Indian journal of veterinary science and animal husbandry - Volume 2,
Year: 1932
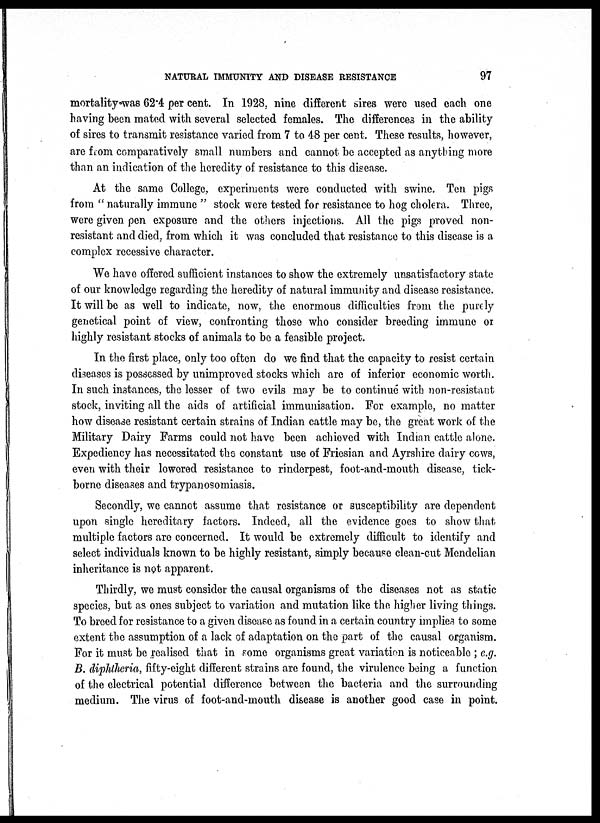
NATURAL IMMUNITY AND DISEASE RESISTANCE
97
mortality was 62.4 per cent. In 1928, nine different sires were used each one
having been mated with several selected females. The differences in the ability
of sires to transmit resistance varied from 7 to 48 per cent. These results, however,
are from comparatively small numbers and cannot be accepted as anything more
than an indication of the heredity of resistance to this disease.
At the same College, experiments were conducted with swine. Ten pigs
from " naturally immune " stock were tested for resistance to hog cholera. Three,
were given pen exposure and the others injections. All the pigs proved non-
resistant and died, from which it was concluded that resistance to this disease is a
complex recessive character.
We have offered sufficient instances to show the extremely unsatisfactory state
of our knowledge regarding the heredity of natural immunity and disease resistance.
It will be as well to indicate, now. the enormous difficulties from the purely
genetical point of view, confronting those who consider breeding immune or
highly resistant stocks of animals to be a feasible project.
In the first place, only too often do we find that the capacity to resist certain
diseases is possessed by unimproved stocks which are of inferior economic worth.
In such instances, the lesser of two evils may be to continué with non-resistant
stock, inviting all the aids of artificial immunisation. For example, no matter
how disease resistant certain strains of Indian cattle may be, the great work of the
Military Dairy Farms could not have been achieved with Indian cattle alone.
Expediency has necessitated the constant use of Friesian and Ayrshire dairy cows,
even with their lowered resistance to rinderpest, foot-and-mouth disease, tick-
borne diseases and trypanosomiasis.
Secondly, we cannot assume that resistance or susceptibility are dependent
upon single hereditary factors. Indeed, all the evidence goes to show that
multiple factors are concerned. It would be extremely difficult to identify and
select individuals known to be highly resistant, simply because clean-cut Mendelian
inheritance is not apparent.
Thirdly, we must consider the causal organisms of the diseases not as static
species, but as ones subject to variation and mutation like the higher living things.
To breed for resistance to a given disease as found in a certain country implies to some
extent the assumption of a lack of adaptation on the part of the causal organism.
For it must be realised that in some organisms great variation is noticeable ; e.g.
B. diphtheria, fifty-eight different strains are found, the virulence being a function
of the electrical potential difference between the bacteria and the surrounding
medium. The virus of foot-and-mouth disease is another good case in point.